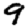
Digit: 9